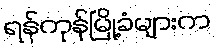
ရန်ကုန်မြို့ခံများက